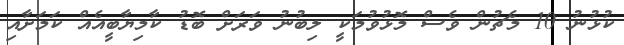
ކުޅުނު 10 މެޗުން ވެސް މޮޅުވުމަކީ ލިބުނު ވަރަށް ބޮޑު ކާމިޔާބީއެއް ކަމަށާއި